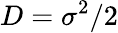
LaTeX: D=\sigma^{2}/2